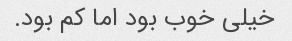
خیلی خوب بود اما کم بود.